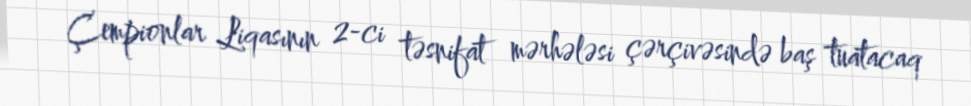
Çempionlar Liqasının 2-ci təsnifat mərhələsi çərçivəsində baş tuatacaq